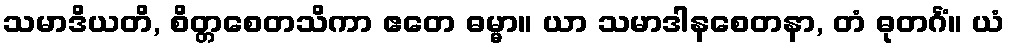
သမာဒိယတိ, စိတ္တစေတသိကာ ဧတေ ဓမ္မာ။ ယာ သမာဒါနစေတနာ, တံ ဓုတင်္ဂံ။ ယံ